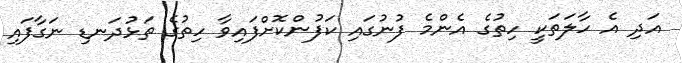
އަދި އެ ހާލަތަކީ ހިތުގެ އެންމެ ފުނުގައި ކަފުންކޮށްފައިވާ ހިތުގެ ތަޅުދަނޑި ނަގާފައި